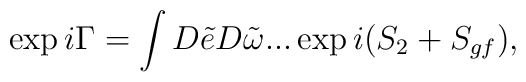
\exp i\Gamma=\int D\tilde{e}D\tilde{\omega}...\exp i(S_{2}+S_{gf}),